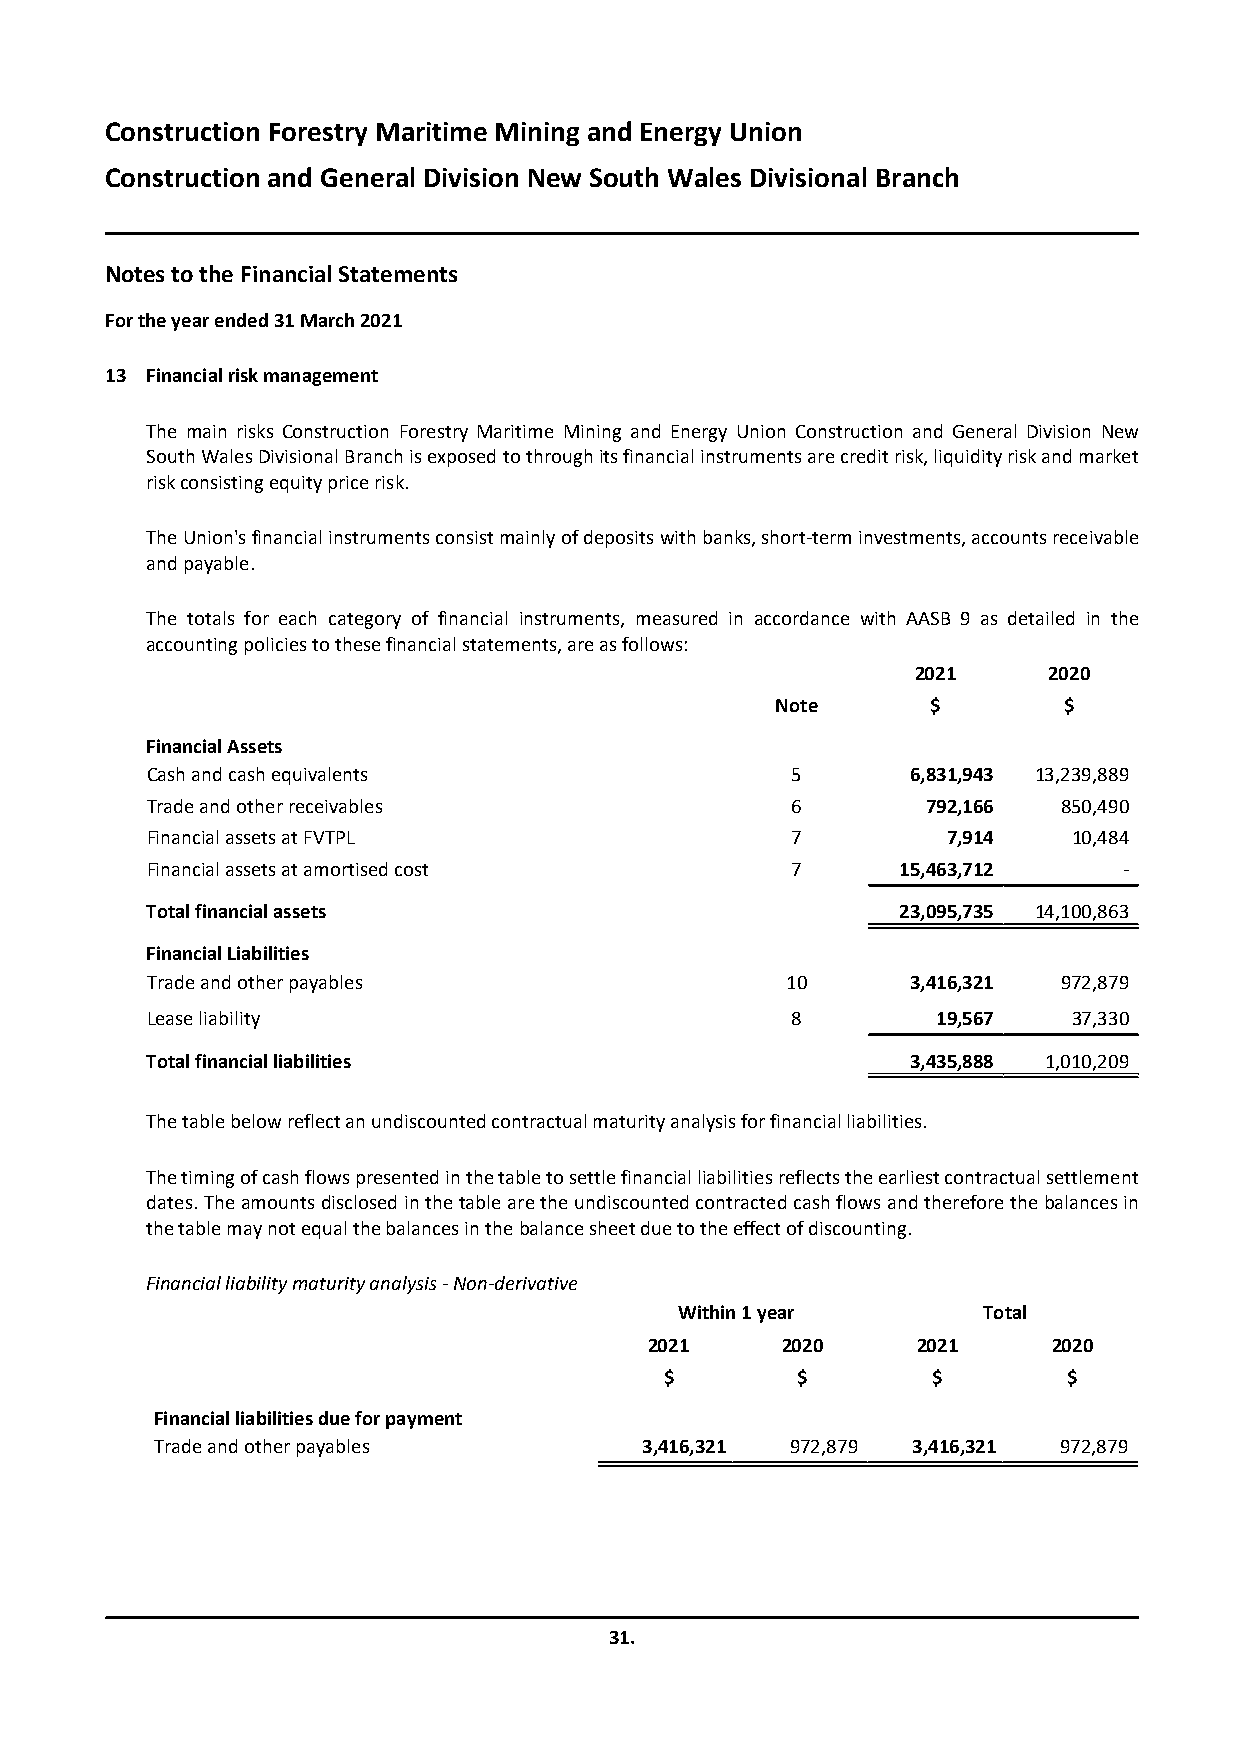
Construction Forestry Maritime Mining and Energy Union
 Construction and General Division New South Wales Divisional Branch
 Notes to the Financial Statements
 For the year ended31 March 2021
 13 Financial risk management
 The main risks Construction Forestry Maritime Mining and Energy Union Construction and General Division New
 South Wales Divisional Branch is exposed to through its financial instruments are credit risk, liquidity risk and market
 risk consisting equity price risk.
 The Union's financial instruments consist mainly of deposits with banks, short-term investments, accounts receivable
 and payable.
 The totals for each category of financial instruments, measured in accordance with AASB 9 as detailed in the
 accounting policies to these financial statements, are as follows:
 2021    2020
 Note       $       $
 Financial Assets
 Cash and cash equivalents                 5       6,831,943 13,239,889
 Trade and other receivables               6        792,166  850,490
 Financial assets at FVTPL                 7          7,914   10,484
 Financial assets at amortised cost        7       15,463,712    -
 Total financial assets                            23,095,735 14,100,863
 Financial Liabilities
 Trade and other payables                  10      3,416,321 972,879
 Lease liability                           8         19,567   37,330
 Total financial liabilities                       3,435,888 1,010,209
 The table below reflect an undiscounted contractual maturity analysis for financial liabilities.
 The timing of cash flows presented in the table to settle financial liabilities reflects the earliest contractual settlement
 dates. The amounts disclosed in the table are the undiscounted contracted cash flows and therefore the balances in
 the table may not equal the balances in the balance sheet due to the effect of discounting.
 Financial liability maturity analysis - Non-derivative
 Within 1 year       Total
 2021     2020     2021     2020
 $        $        $        $
 Financial liabilities due for payment
 Trade and other payables        3,416,321 972,879 3,416,321 972,879
 31.